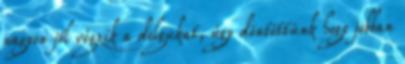
nagyon jól végzik a dolgukat, úgy döntöttünk hogy jobban